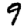
Digit: 9